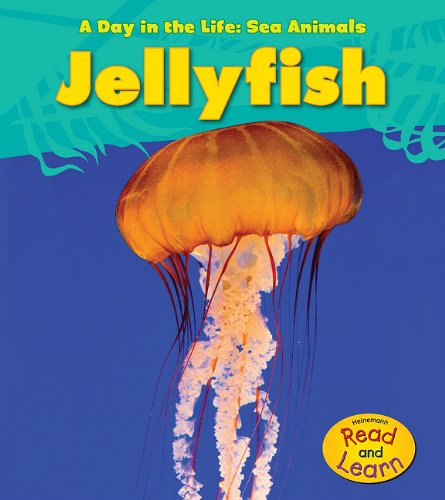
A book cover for Jellyfish (A Day in the Life: Sea Animals); Louise Spilsbury; Children's Books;